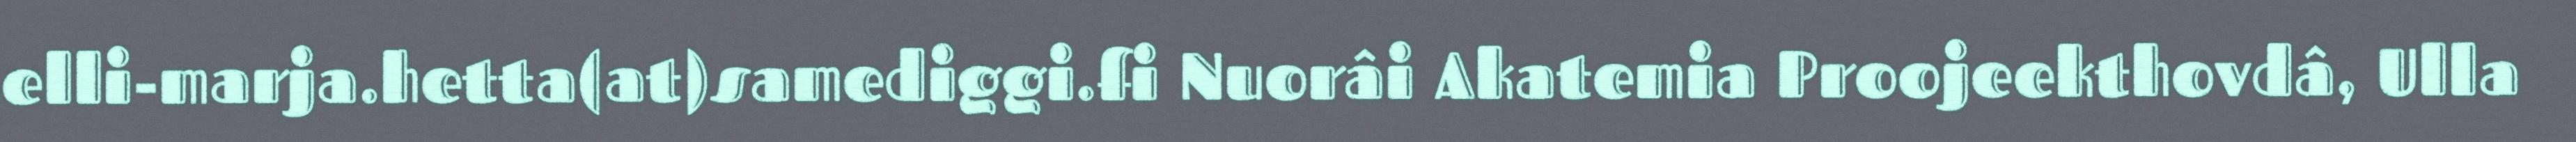
elli-marja.hetta(at)samediggi.fi Nuorâi Akatemia Proojeekthovdâ, Ulla